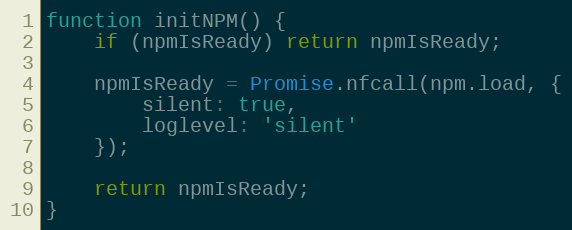
Language: JavaScript
function initNPM() {
    if (npmIsReady) return npmIsReady;

    npmIsReady = Promise.nfcall(npm.load, {
        silent: true,
        loglevel: 'silent'
    });

    return npmIsReady;
}